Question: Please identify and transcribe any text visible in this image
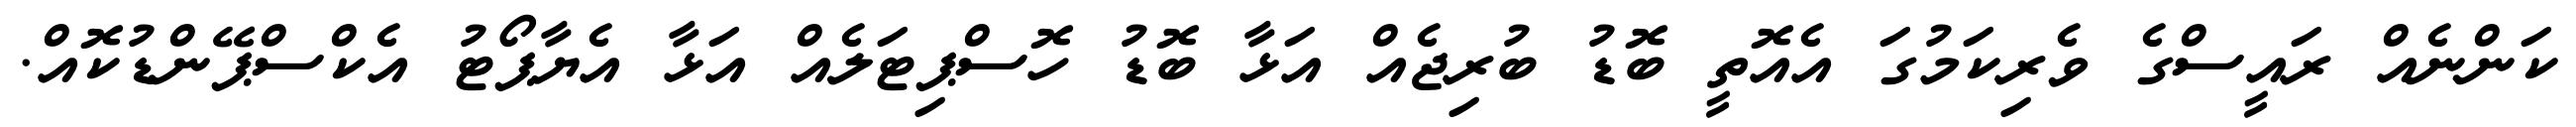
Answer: ކަންނެއް ރައީސްގެ ވެރިކަމުގަ އެއޮތީ ބޮޑު ބުރިޖެއް އަޅާ ބޮޑު ހޮސްޕިޓަލެއް އަޅާ އެޔާޕޯޓު އެކްސްޕޭންޑުކޮއް.